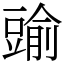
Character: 䜽